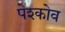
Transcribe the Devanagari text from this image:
पेश्कोव